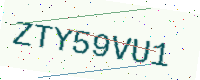
Text: ZTY59VU1